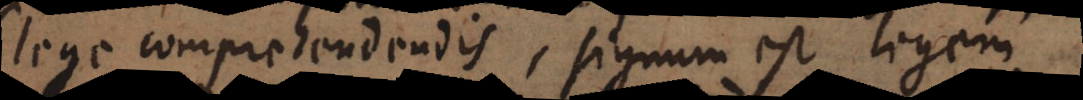
lege comprehendendis, signum est legem